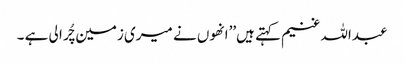
عبداللہ غنیم کہتے ہیں’’انھوں نے میری زمین چُرا لی ہے ۔